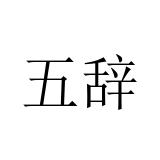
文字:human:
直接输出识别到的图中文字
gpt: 五辞